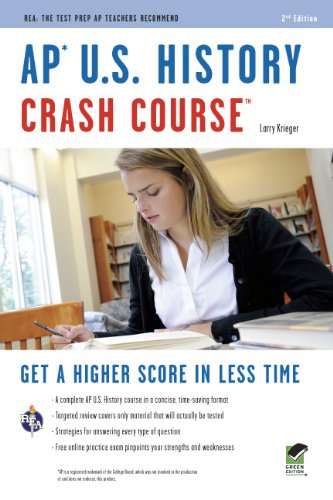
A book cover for AP U.S. History Crash Course (REA: The Test Prep AP Teachers Recommend); Larry Krieger; History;